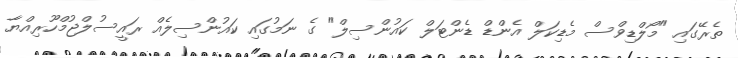
ތެރޭގައި "މޯލްޑިވްސް މެޑިކަލް އެންޑް ޑެންޓަލް ކައުންސިލް" ގެ ނަމުގައި ކައުންސިލެއް ރައީސުލްޖުމްހޫރިއްޔާ